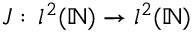
J : \, l ^ { 2 } ( \mathbb { N } ) \to l ^ { 2 } ( \mathbb { N } )